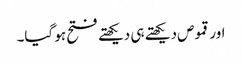
اور قموص دیکھتے ہی دیکھتے فتح ہو گیا۔